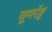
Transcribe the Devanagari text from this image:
बूमरॅङ्ग